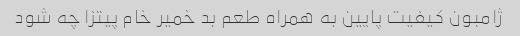
ژامبون کیفیت پایین به همراه طعم بد خمیر خام پیتزا چه شود